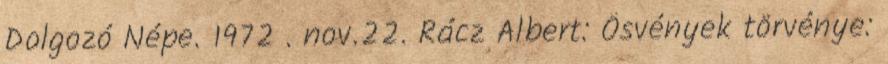
Dolgozó Népe. 1972 . nov.22. Rácz Albert: Ösvények törvénye: